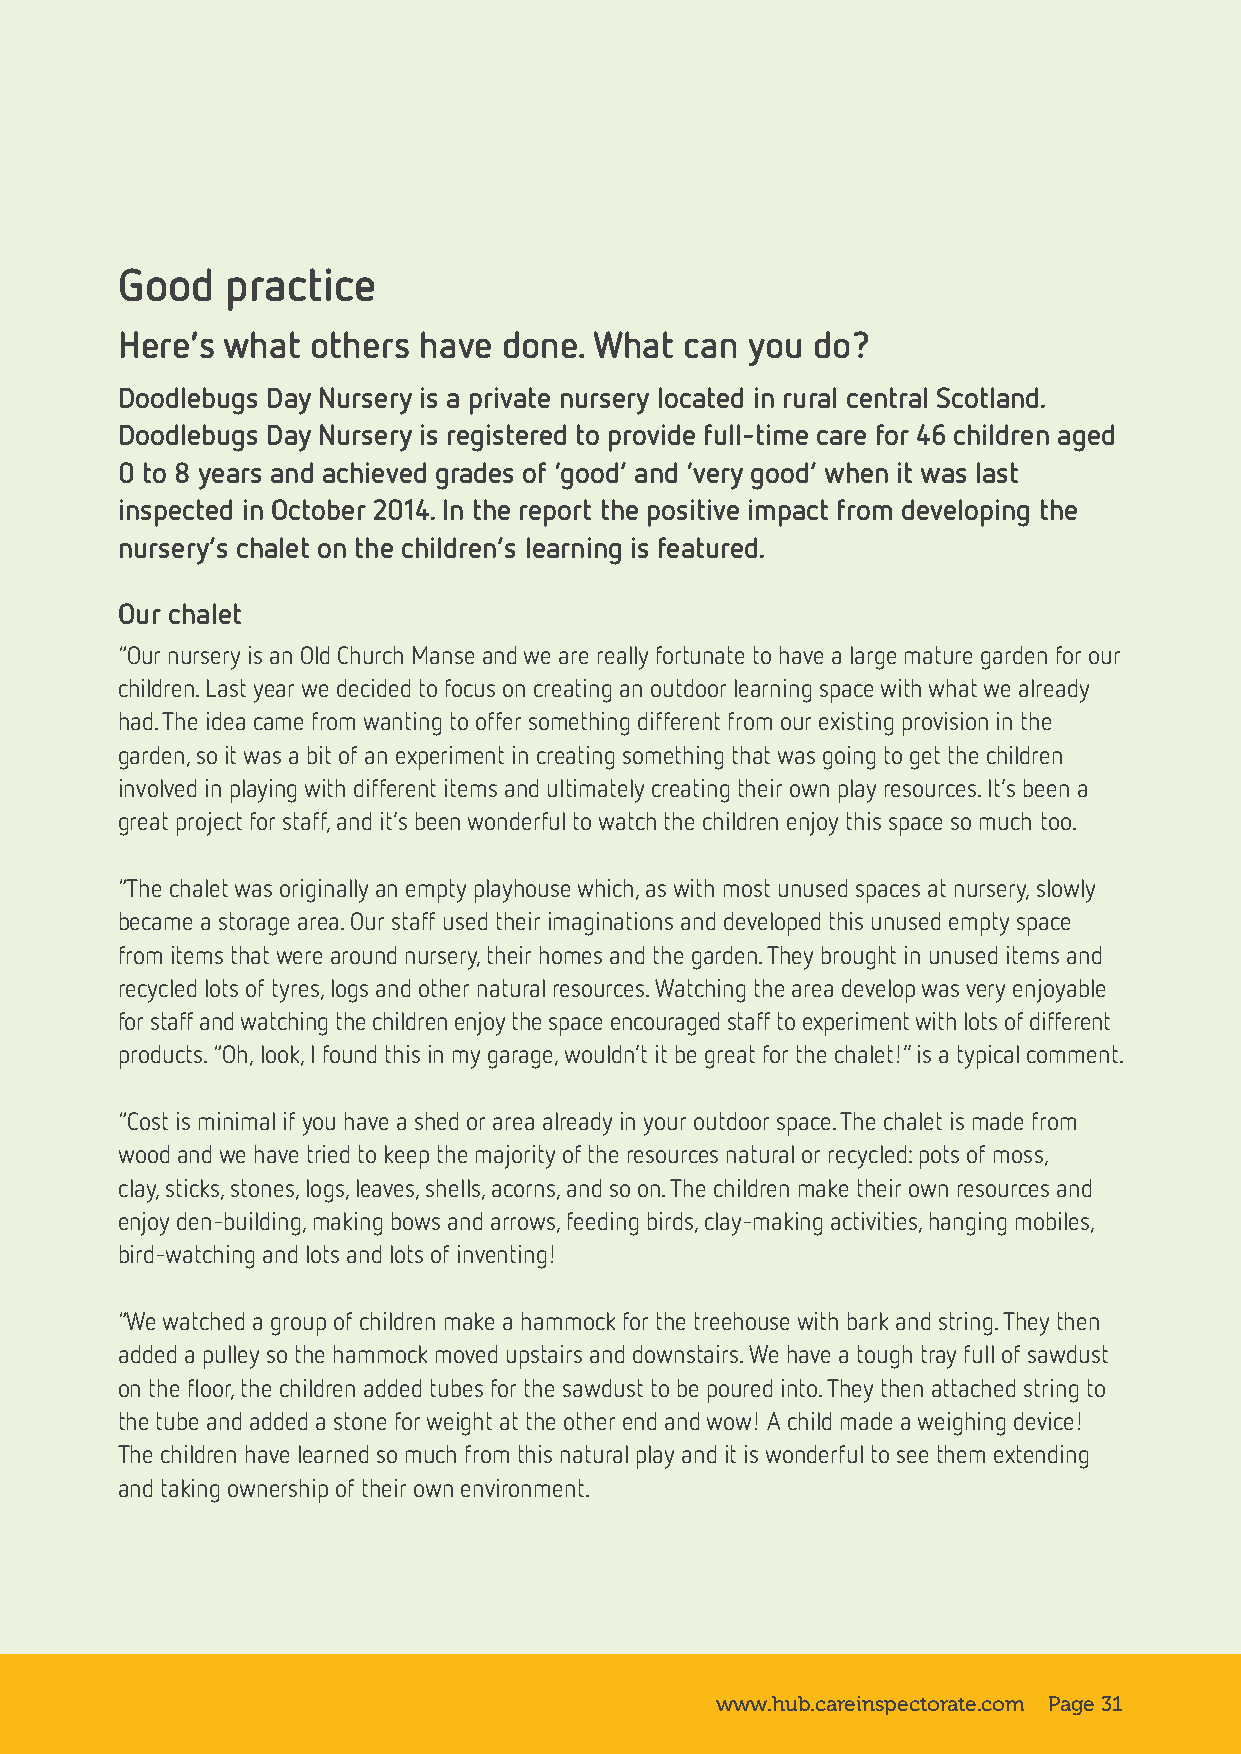
Good   practice
 Here’s what  others have done. What  can you  do?
 Doodlebugs Day Nursery is a private nursery located in rural central Scotland.
 Doodlebugs Day Nursery is registered to provide full-time care for 46 children aged
 0 to 8 years and achieved grades of ‘good’ and ‘very good’ when it was last
 inspected in October 2014. In the report the positive impact from developing the
 nursery’s chalet on the children’s learning is featured.
 Our chalet
 “Our nursery is an Old Church Manse and we are really fortunate to have a large mature garden for our
 children. Last year we decided to focus on creating an outdoor learning space with what we already
 had. The idea came from wanting to offer something different from our existing provision in the
 garden, so it was a bit of an experiment in creating something that was going to get the children
 involved in playing with different items and ultimately creating their own play resources. It’s been a
 great project for staff, and it’s been wonderful to watch the children enjoy this space so much too.
 “The chalet was originally an empty playhouse which, as with most unused spaces at nursery, slowly
 became a storage area. Our staff used their imaginations and developed this unused empty space
 from items that were around nursery, their homes and the garden. They brought in unused items and
 recycled lots of tyres, logs and other natural resources. Watching the area develop was very enjoyable
 for staff and watching the children enjoy the space encouraged staff to experiment with lots of different
 products. “Oh, look, I found this in my garage, wouldn’t it be great for the chalet!” is a typical comment.
 “Cost is minimal if you have a shed or area already in your outdoor space. The chalet is made from
 wood and we have tried to keep the majority of the resources natural or recycled: pots of moss,
 clay, sticks, stones, logs, leaves, shells, acorns, and so on. The children make their own resources and
 enjoy den-building, making bows and arrows, feeding birds, clay-making activities, hanging mobiles,
 bird-watching and lots and lots of inventing!
 “We watched a group of children make a hammock for the treehouse with bark and string. They then
 added a pulley so the hammock moved upstairs and downstairs. We have a tough tray full of sawdust
 on the floor, the children added tubes for the sawdust to be poured into. They then attached string to
 the tube and added a stone for weight at the other end and wow! A child made a weighing device!
 The children have learned so much from this natural play and it is wonderful to see them extending
 and taking ownership of their own environment.
 www.hub.careinspectorate.com Page 31